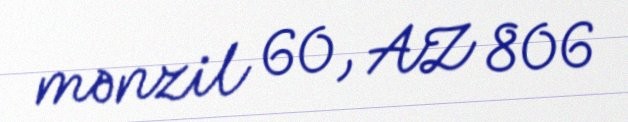
mənzil 60, AZ 806